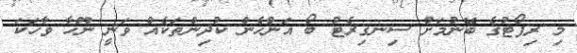
މި ރިޕޯޓުގެ ބޭނުމަށް ސިނގިރެޓު ބޯ އަންހެން ކުދިންތަކެއް ވަނީ ނޫހާ ވާހަކަ